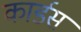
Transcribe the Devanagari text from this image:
कार्डस